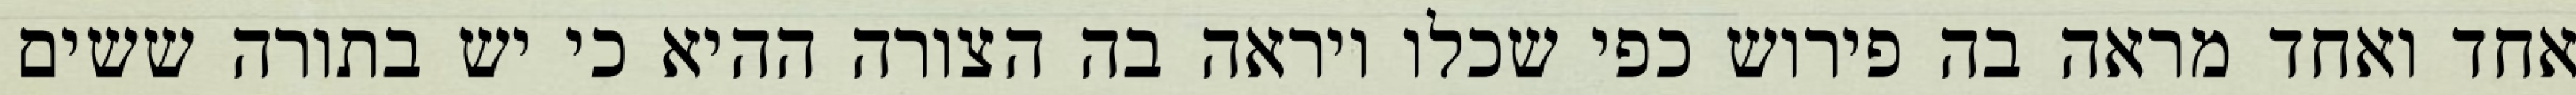
אחד ואחד מראה בה פירוש כפי שכלו ויראה בה הצורה ההיא כי יש בתורה ששים